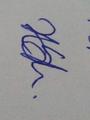
Signature authenticity: genuine